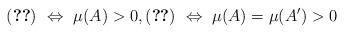
LaTeX: \begin{align*} \eqref{eq:bnb1}\ \Leftrightarrow \ \mu(A)>0,\eqref{eq:bnb3}\ \Leftrightarrow \ \mu(A)=\mu(A')>0\end{align*}